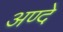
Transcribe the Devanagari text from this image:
अण्दे